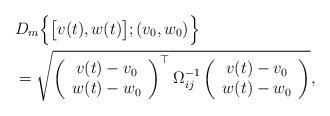
LaTeX: \begin{align*}&D_m\Big\{\big[v(t),w(t)\big];(v_0,w_0)\Big\}\\&=\sqrt{\left(\begin{array}{c} v(t)-v_0\\w(t)-w_0\end{array}\right)^{\top}\Omega_{ij}^{-1}\left(\begin{array}{c} v(t)-v_0\\w(t)-w_0\end{array}\right)},\end{align*}